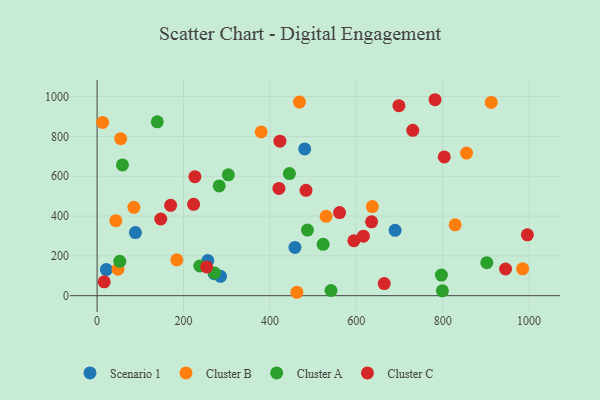
{"axis": {"x": "Engine Size", "y": "Salary"}, "legend": ["Cluster A", "Cluster B", "Cluster C", "Scenario 1"], "data": [{"x": "480.6", "y": 737.1, "type": "Scenario 1"}, {"x": "458.0", "y": 242.6, "type": "Scenario 1"}, {"x": "285.7", "y": 97.4, "type": "Scenario 1"}, {"x": "689.9", "y": 328.2, "type": "Scenario 1"}, {"x": "21.4", "y": 130.9, "type": "Scenario 1"}, {"x": "88.7", "y": 317.0, "type": "Scenario 1"}, {"x": "256.2", "y": 176.7, "type": "Scenario 1"}, {"x": "271.1", "y": 110.6, "type": "Scenario 1"}, {"x": "184.5", "y": 180.0, "type": "Cluster B"}, {"x": "48.3", "y": 132.8, "type": "Cluster B"}, {"x": "985.1", "y": 135.0, "type": "Cluster B"}, {"x": "530.2", "y": 398.7, "type": "Cluster B"}, {"x": "855.3", "y": 716.1, "type": "Cluster B"}, {"x": "462.6", "y": 17.1, "type": "Cluster B"}, {"x": "43.3", "y": 376.6, "type": "Cluster B"}, {"x": "379.8", "y": 822.7, "type": "Cluster B"}, {"x": "85.2", "y": 443.9, "type": "Cluster B"}, {"x": "12.8", "y": 870.4, "type": "Cluster B"}, {"x": "912.5", "y": 970.6, "type": "Cluster B"}, {"x": "828.9", "y": 355.9, "type": "Cluster B"}, {"x": "468.4", "y": 972.2, "type": "Cluster B"}, {"x": "54.6", "y": 788.4, "type": "Cluster B"}, {"x": "637.2", "y": 447.5, "type": "Cluster B"}, {"x": "523.3", "y": 258.1, "type": "Cluster A"}, {"x": "797.1", "y": 103.7, "type": "Cluster A"}, {"x": "303.8", "y": 606.9, "type": "Cluster A"}, {"x": "282.7", "y": 551.5, "type": "Cluster A"}, {"x": "799.4", "y": 24.5, "type": "Cluster A"}, {"x": "541.5", "y": 26.0, "type": "Cluster A"}, {"x": "58.7", "y": 656.8, "type": "Cluster A"}, {"x": "139.3", "y": 873.3, "type": "Cluster A"}, {"x": "902.2", "y": 165.8, "type": "Cluster A"}, {"x": "52.5", "y": 172.7, "type": "Cluster A"}, {"x": "271.9", "y": 114.0, "type": "Cluster A"}, {"x": "487.0", "y": 329.6, "type": "Cluster A"}, {"x": "237.7", "y": 149.1, "type": "Cluster A"}, {"x": "445.2", "y": 613.5, "type": "Cluster A"}, {"x": "223.4", "y": 458.6, "type": "Cluster C"}, {"x": "420.9", "y": 538.7, "type": "Cluster C"}, {"x": "423.2", "y": 775.8, "type": "Cluster C"}, {"x": "698.7", "y": 954.2, "type": "Cluster C"}, {"x": "803.7", "y": 697.1, "type": "Cluster C"}, {"x": "594.4", "y": 276.0, "type": "Cluster C"}, {"x": "616.4", "y": 299.1, "type": "Cluster C"}, {"x": "483.6", "y": 529.2, "type": "Cluster C"}, {"x": "147.4", "y": 385.2, "type": "Cluster C"}, {"x": "253.6", "y": 144.3, "type": "Cluster C"}, {"x": "730.8", "y": 830.3, "type": "Cluster C"}, {"x": "996.1", "y": 305.8, "type": "Cluster C"}, {"x": "561.3", "y": 417.3, "type": "Cluster C"}, {"x": "635.4", "y": 371.0, "type": "Cluster C"}, {"x": "664.7", "y": 60.6, "type": "Cluster C"}, {"x": "782.4", "y": 984.2, "type": "Cluster C"}, {"x": "170.2", "y": 453.6, "type": "Cluster C"}, {"x": "945.6", "y": 133.9, "type": "Cluster C"}, {"x": "16.5", "y": 69.5, "type": "Cluster C"}, {"x": "226.4", "y": 597.9, "type": "Cluster C"}]}